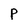
Character: P